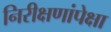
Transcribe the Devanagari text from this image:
निरीक्षणांपेक्षा